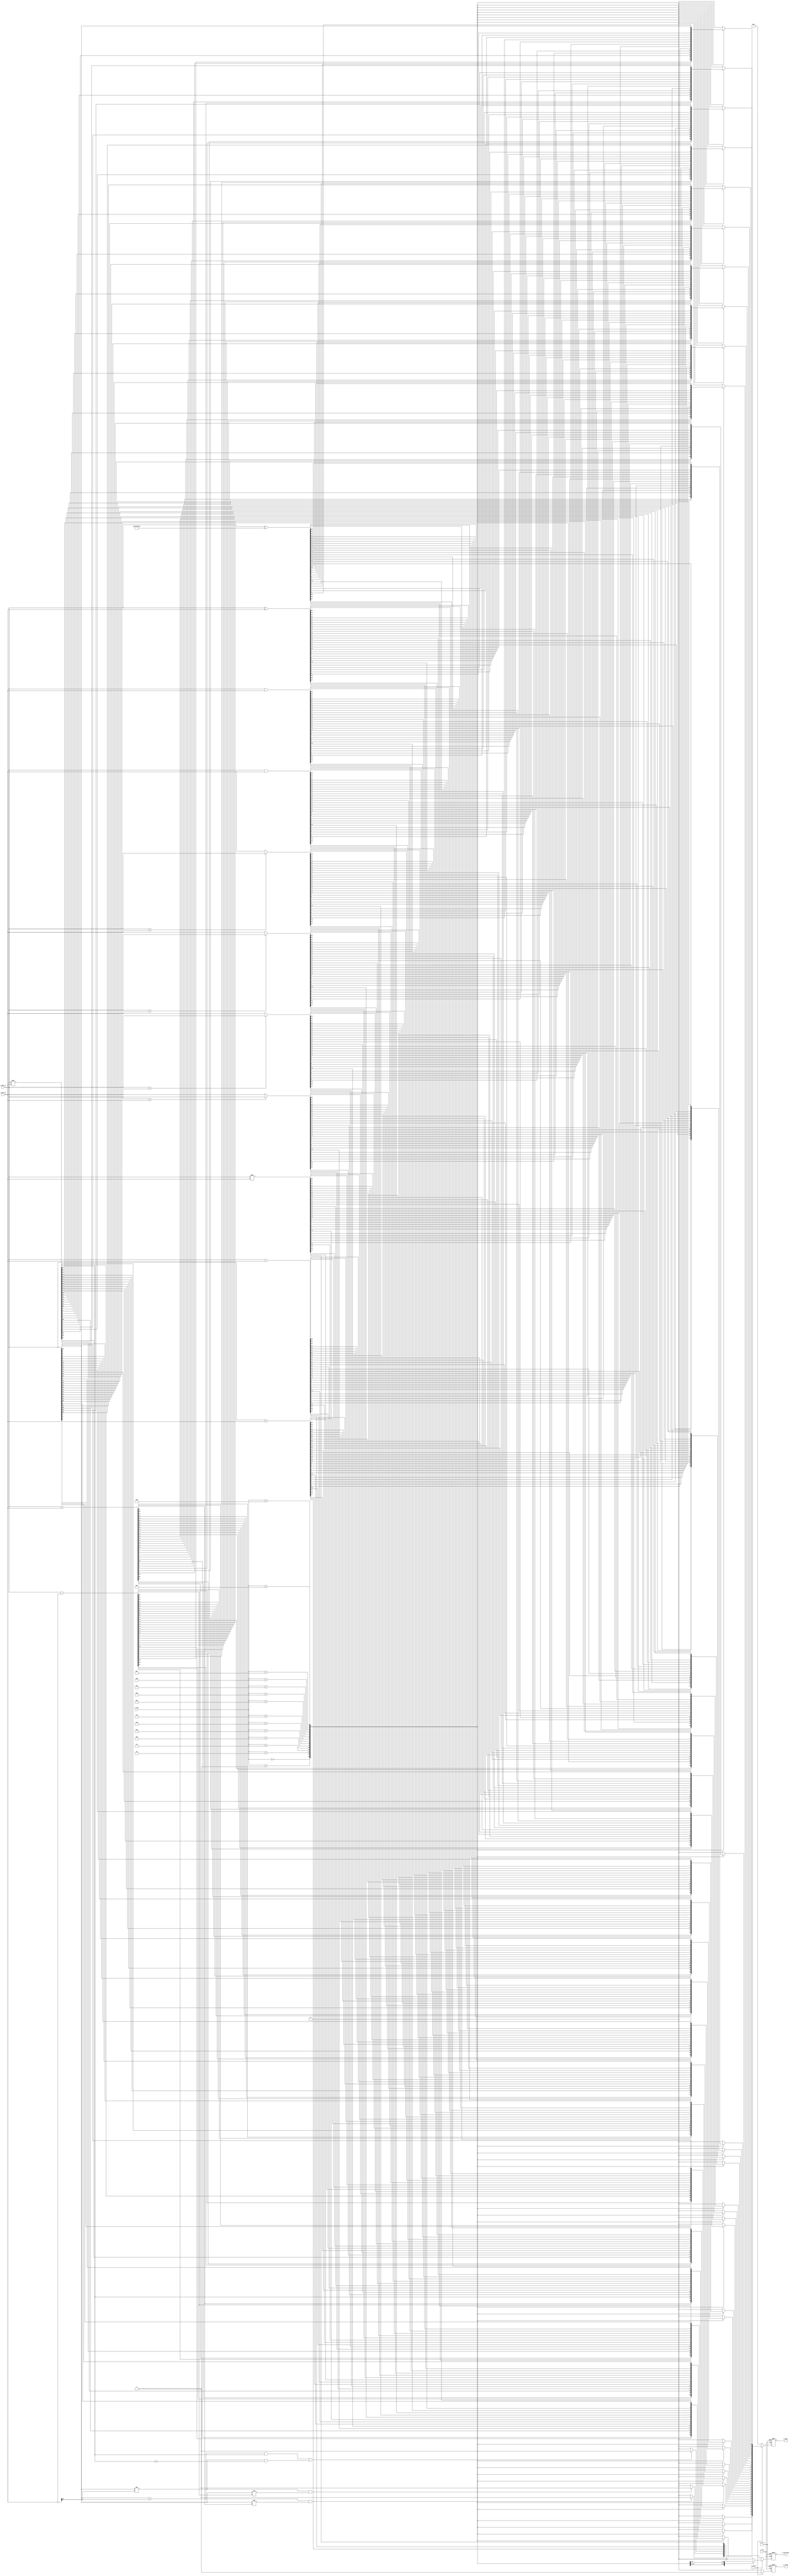
module alu #(
    parameter DATA_WIDTH = 32,
    parameter INST_WIDTH = 4
)(
    input                   i_clk,
    input                   i_rst_n,
    input  [DATA_WIDTH-1:0] i_data_a,
    input  [DATA_WIDTH-1:0] i_data_b,
    input  [INST_WIDTH-1:0] i_inst,
    input                   i_valid,
    output [DATA_WIDTH-1:0] o_data,
    output                  o_overflow,
    output                  o_valid
);

    // homework

    // parameter defined
    parameter signed_add = 4'd0;
    parameter signed_sub = 4'd1;
    parameter signed_mul = 4'd2;
    parameter signed_max = 4'd3;
    parameter signed_min = 4'd4;
    parameter unsigned_add = 4'd5;
    parameter unsigned_sub = 4'd6;
    parameter unsigned_mul = 4'd7;
    parameter unsigned_max = 4'd8;
    parameter unsigned_min = 4'd9;
    parameter and_data = 4'd10;
    parameter or_data  = 4'd11;
    parameter xor_data = 4'd12;
    parameter bitflip  = 4'd13;
    parameter bitreverse = 4'd14;

    // wires and register
    reg [DATA_WIDTH-1:0]    o_data_r, o_data_w;
    reg                     o_overflow_r, o_overflow_w;
    reg                     o_valid_r, o_valid_w;

    wire signed [DATA_WIDTH-1:0] signed_data_a, signed_data_b;
    integer i;

    // continuous assignment
    assign o_data = o_data_r;
    assign o_overflow = o_overflow_r;
    assign o_valid = o_valid_r;
    assign signed_data_a = i_data_a[DATA_WIDTH-1:0];
    assign signed_data_b = i_data_b[DATA_WIDTH-1:0];

    // combinational part
    always @(*) begin
        if(i_valid) begin
            case (i_inst)
                signed_add: begin
                    o_data_w = signed_data_a + signed_data_b;
                    if (signed_data_a[DATA_WIDTH-1] == signed_data_b[DATA_WIDTH-1]
                            && signed_data_a[DATA_WIDTH-1] != o_data_w[DATA_WIDTH-1]) begin
                        o_overflow_w = 1;
                    end else begin
                        o_overflow_w = 0;
                    end
                    o_valid_w = 1;
                end

                signed_sub: begin
                    o_data_w = signed_data_a - signed_data_b;
                    // sign: {a, b, c} = {1, 0, 0} or {0, 1, 1} => overflow
                    if (signed_data_a[DATA_WIDTH-1] != signed_data_b[DATA_WIDTH-1]
                            && signed_data_a[DATA_WIDTH-1] != o_data_w[DATA_WIDTH-1]) begin
                        o_overflow_w = 1;
                    end else begin
                        o_overflow_w = 0;
                    end
                    o_valid_w = 1;
                end

                signed_mul: begin
                    o_data_w = signed_data_a * signed_data_b;
                    if ((signed_data_a[DATA_WIDTH-1] == signed_data_b[DATA_WIDTH-1]
                            && o_data_w[DATA_WIDTH-1] == 1)
                            || (signed_data_a[DATA_WIDTH-1] != signed_data_b[DATA_WIDTH-1]
                            && o_data_w[DATA_WIDTH-1] == 0)) begin
                        o_overflow_w = 1;
                    end else begin
                        o_overflow_w = 0;
                    end
                    o_valid_w = 1;
                end

                signed_max: begin
                    if(signed_data_a > signed_data_b) begin
                        o_data_w = signed_data_a;
                    end else begin
                        o_data_w = signed_data_b;
                    end
                    o_overflow_w = 0;
                    o_valid_w = 1;
                end

                signed_min: begin
                    if(signed_data_a < signed_data_b) begin
                        o_data_w = signed_data_a;
                    end else begin
                        o_data_w = signed_data_b;
                    end
                    o_overflow_w = 0;
                    o_valid_w = 1;
                end

                unsigned_add: begin
                    {o_overflow_w, o_data_w} = i_data_a + i_data_b;
                    o_valid_w = 1;
                end

                unsigned_sub: begin
                    {o_overflow_w, o_data_w} = i_data_a - i_data_b;
                    o_valid_w = 1;
                end

                unsigned_mul: begin
                    {o_overflow_w, o_data_w} = i_data_a * i_data_b;
                    o_valid_w = 1;
                end

                unsigned_max: begin
                    if(i_data_a > i_data_b) begin
                        o_data_w = i_data_a;
                    end else begin
                        o_data_w = i_data_b;
                    end
                    o_overflow_w = 0;
                    o_valid_w = 1;
                end

                unsigned_min: begin
                    if(i_data_a < i_data_b) begin
                        o_data_w = i_data_a;
                    end else begin
                        o_data_w = i_data_b;
                    end
                    o_overflow_w = 0;
                    o_valid_w = 1;
                end

                and_data: begin
                    o_data_w = i_data_a & i_data_b;
                    o_overflow_w = 0;
                    o_valid_w = 1;
                end

                or_data: begin
                    o_data_w = i_data_a | i_data_b;
                    o_overflow_w = 0;
                    o_valid_w = 1;
                end

                xor_data: begin
                    o_data_w = i_data_a ^ i_data_b;
                    o_overflow_w = 0;
                    o_valid_w = 1;
                end

                bitflip: begin
                    o_data_w = i_data_a ^ 32'hffffffff;
                    o_overflow_w = 0;
                    o_valid_w = 1;
                end

                bitreverse: begin
                    for (i = 0; i < DATA_WIDTH; i++) begin
                        o_data_w[i] = i_data_a[DATA_WIDTH-1 - i];
                    end
                    o_overflow_w = 0;
                    o_valid_w = 1;
                end

                default: begin
                    o_overflow_w = 0;
                    o_data_w = 0;
                    o_valid_w = 1;
                end
            endcase
        end else begin
            o_overflow_w = 0;
            o_data_w = 0;
            o_valid_w = 0;
        end
    end


    // sequential part
    always @(posedge i_clk or negedge i_rst_n) begin : proc_
        if(~i_rst_n) begin
            o_data_r <= 0;
            o_overflow_r <= 0;
            o_valid_r <= 0;
        end else begin
            o_data_r <= o_data_w;
            o_overflow_r <= o_overflow_w;
            o_valid_r <= o_valid_w;
        end
    end

endmodule